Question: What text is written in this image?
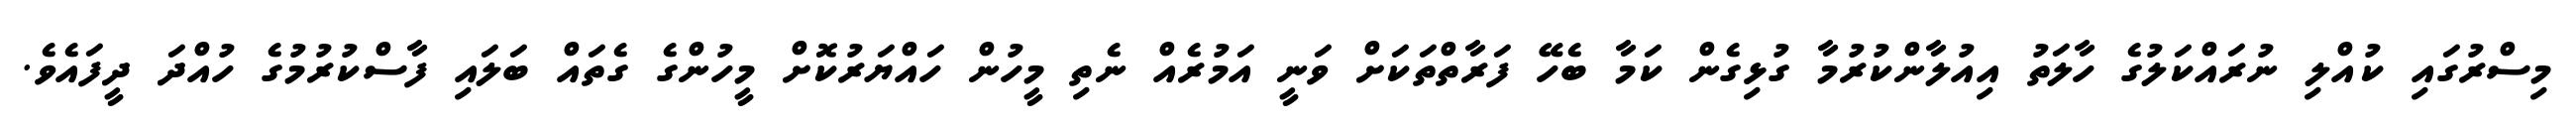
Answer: މިސްރުގައި ކުއްލި ނުރައްކަލުގެ ހާލަތު އިއުލާންކުރުމާ ގުޅިގެން ކަމާ ބެހޭ ފަރާތްތަކަށް ވަނީ އަމުރެއް ނެތި މީހުން ހައްޔަރުކޮށް މީހުންގެ ގެތައް ބަލައި ފާސްކުރުމުގެ ހުއްދަ ދީފައެވެ.